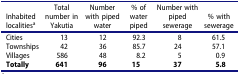
| Inhabited localitiesa | Total number in Yakutia | Number with piped water | % of water piped | Number with piped sewerage | % with sewerage |
 | --- | --- | --- | --- | --- | --- |
 | Cities | 13 | 12 | 92.3 | 8 | 61.5 |
 | Townships | 42 | 36 | 85.7 | 24 | 57.1 |
 | Villages | 586 | 48 | 8.2 | 5 | 0.9 |
 | Totally | 641 | 96 | 15 | 37 | 5.8 |